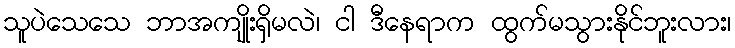
သူပဲသေသေ ဘာအကျိုးရှိမလဲ၊ ငါ ဒီနေရာက ထွက်မသွားနိုင်ဘူးလား၊